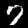
Label: 7